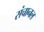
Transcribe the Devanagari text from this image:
संचानल